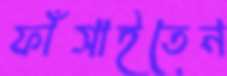
ফাঁসাইতেন